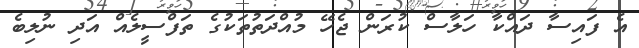
އެ ފައިސާ ދައްކާ ހަލާސް ކުރަން ޖެހޭ މުއްދަތުތަކުގެ ތަފްސީލެއް އަދި ނުލިބެ